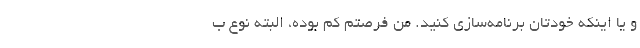
و یا اینکه خودتان برنامه‌سازی کنید. من فرصتم کم بوده، البته نوع ب